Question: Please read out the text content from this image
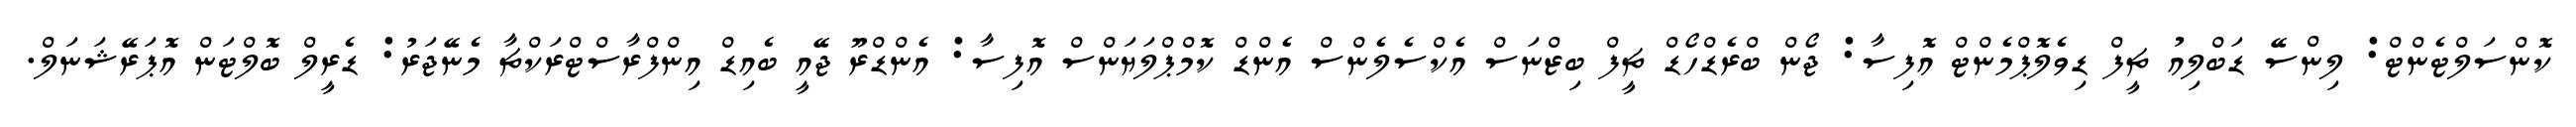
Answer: ކޮންސަލްޓެންޓް: ލިންސޭ ޑަބްލިއު ޗީފް ޑިވެލޮޕްމެންޓް އޮފިސާ: ޖޯން ބްރެޑްހޯޑް ޗީފް ބިޒްނަސް އެކްސެލެންސް އެންޑް ކޮމްޕްލަޔަންސް އޮފިސާ: އެންޑްރޫ ޖޭއީ ބެއިޑް އިންފްރާސްޓްރަކްޗާ މެނޭޖަރު: ޑެރީލް ބޮލްޓަން އޮޕަރޭޝަނަލް.